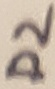
Text: D2